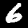
Label: 6